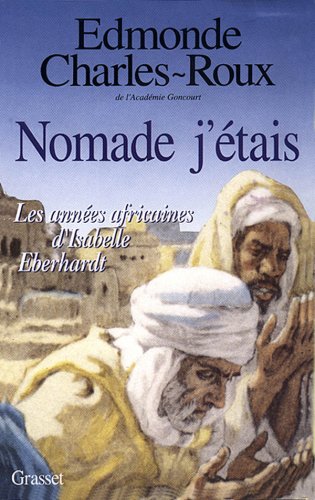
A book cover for Nomade j'etais: Les annees africaines d'Isabelle Eberhardt, 1899-1904 (French Edition); Edmonde Charles-Roux; Travel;